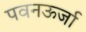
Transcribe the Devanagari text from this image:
पवनऊर्जा